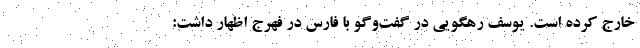
خارج کرده است. یوسف رهگویی در گفت‌وگو با فارس در فهرج اظهار داشت: